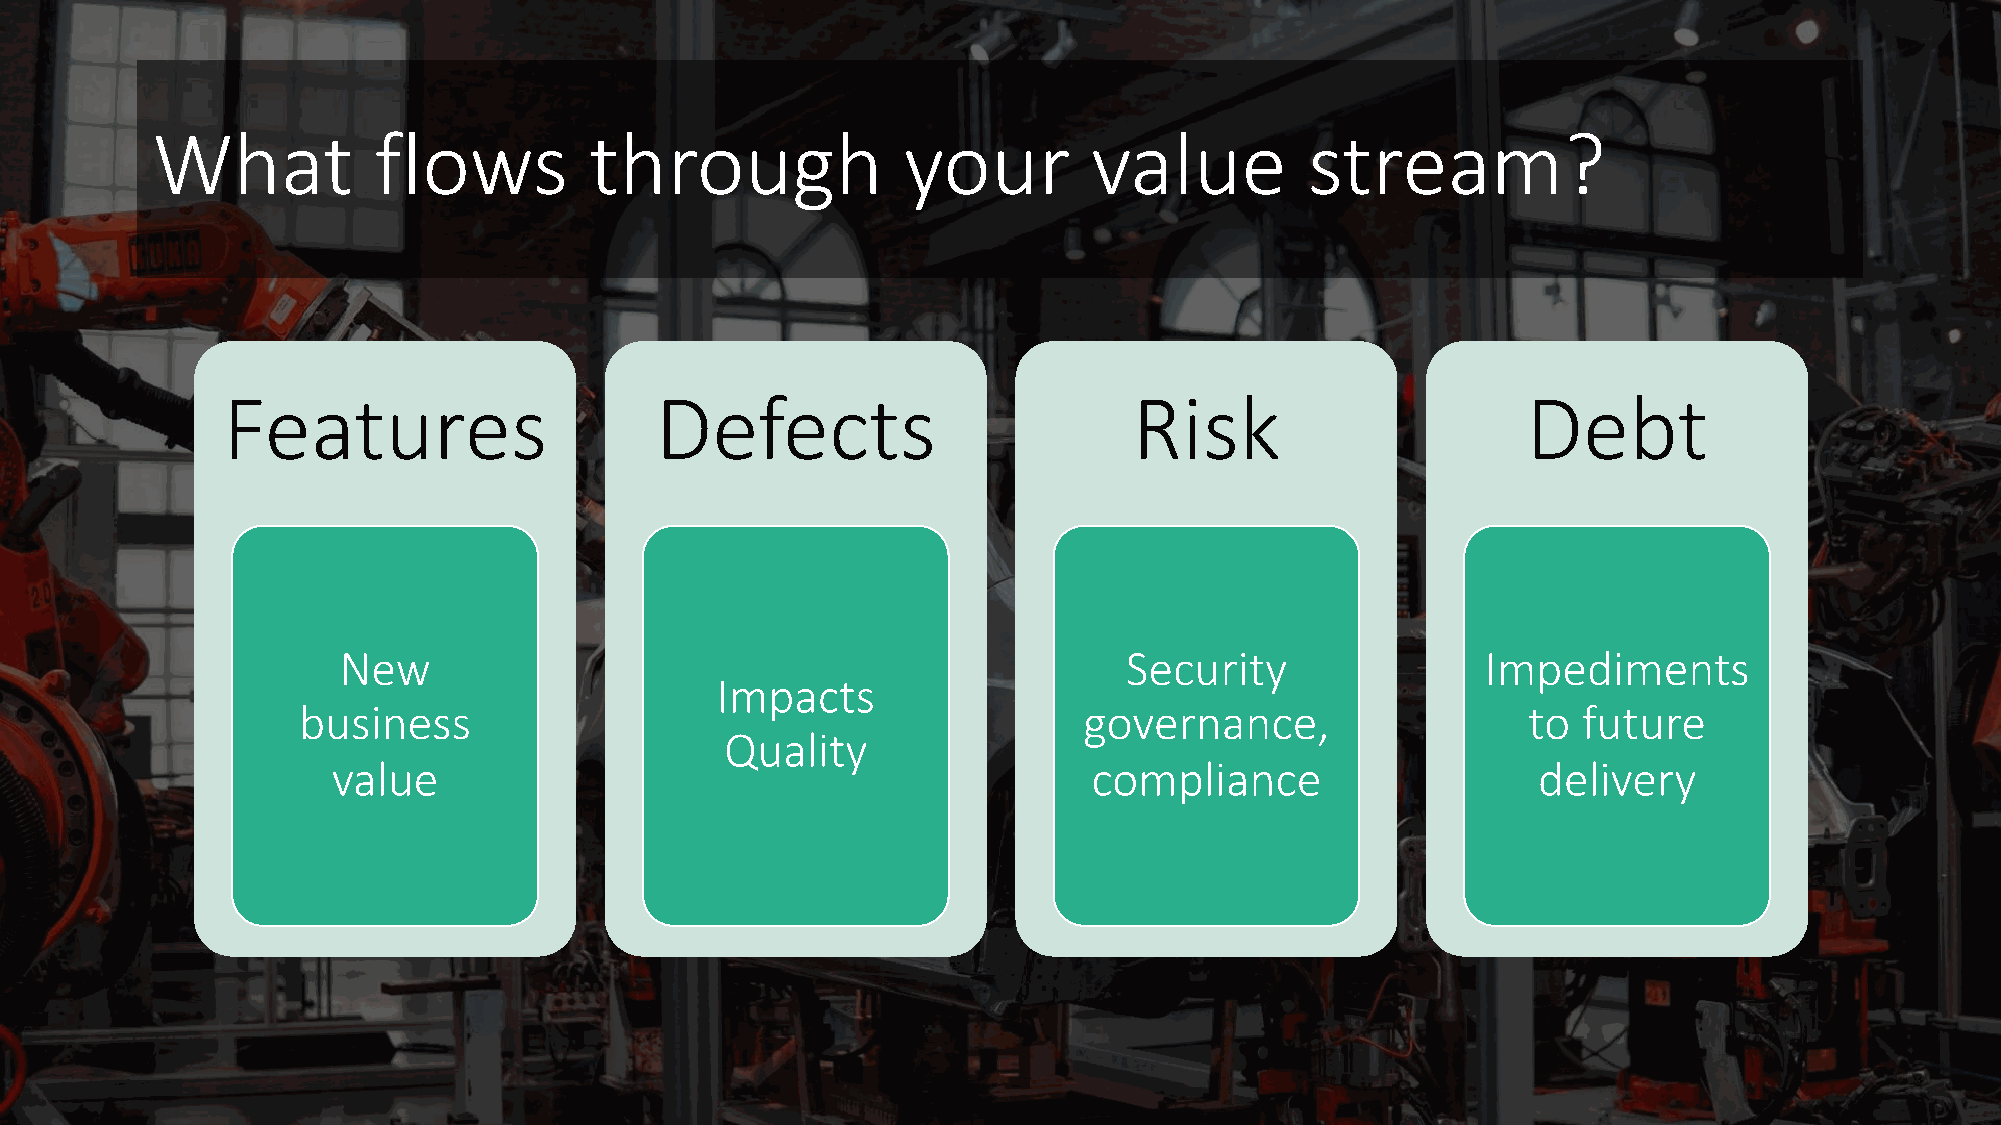
What           flows         through              your        value          stream?
 Features                    Defects                         Risk                      Debt
 New                                                 Security                Impediments
 Impacts
 business                                            governance,                  to  future
 Quality
 value                                             compliance                    delivery